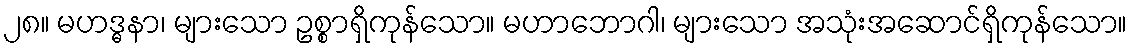
၂၈။ မဟဒ္ဓနာ၊ များသော ဥစ္စာရှိကုန်သော။ မဟာဘောဂါ၊ များသော အသုံးအဆောင်ရှိကုန်သော။